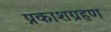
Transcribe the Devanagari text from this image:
प्रकाशग्रहण